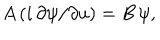
LaTeX: A \, ( i \, \partial \psi / \partial u ) = B \, \psi ,